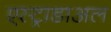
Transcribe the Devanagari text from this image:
एस्ट्राडाअल